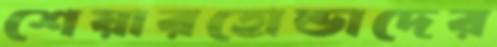
শেয়ারহোল্ডাদের